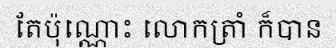
តែប៉ុណ្ណោះ លោកត្រាំ ក៏បាន